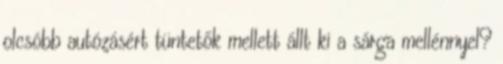
olcsóbb autózásért tüntetők mellett állt ki a sárga mellénnyel?